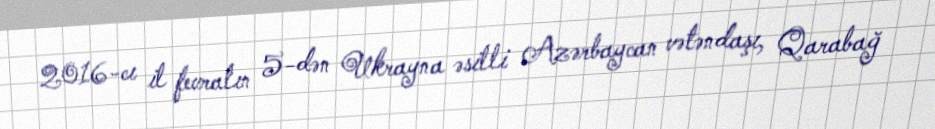
2016-cı il fevralın 5-dən Ukrayna əsilli Azərbaycan vətəndaşı, Qarabağ